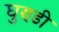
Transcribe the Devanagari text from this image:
घुण्डी